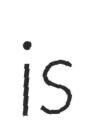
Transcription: is